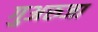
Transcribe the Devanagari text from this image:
गुअरुजा